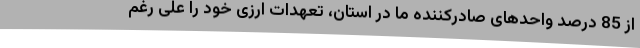
از 85 درصد واحدهای صادرکننده ما در استان، تعهدات ارزی خود را علی رغم